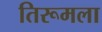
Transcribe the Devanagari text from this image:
तिरूमला